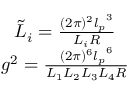
\begin{array} { r c l } { { } } & { { \tilde { L } _ { i } = \frac { ( 2 \pi ) ^ { 2 } { l _ { p } } ^ { 3 } } { L _ { i } R } } } \\ { { } } & { { g ^ { 2 } = \frac { ( 2 \pi ) ^ { 6 } { l _ { p } } ^ { 6 } } { L _ { 1 } L _ { 2 } L _ { 3 } L _ { 4 } R } } } \end{array}